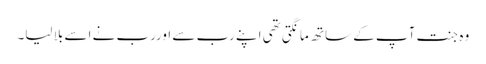
وہ جنت آپ کے ساتھ مانگتی تھی اپنے رب سے اوررب نے اسے بلا لیا۔